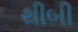
થીબી